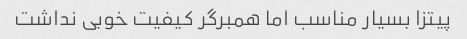
پیتزا بسیار مناسب اما همبرگر کیفیت خوبی نداشت